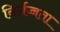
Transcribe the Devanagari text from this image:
निर्लज्जता